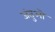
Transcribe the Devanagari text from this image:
जंतुओ